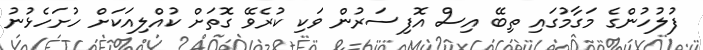
ފުލުހުންގެ މަގާމުގައި ތިބޭ އިސް އޮފިސަރުން ވަކި ކުރެވޭ ގޮތަށް ކުއްލިއަކަށް ހުށަހެޅުނު